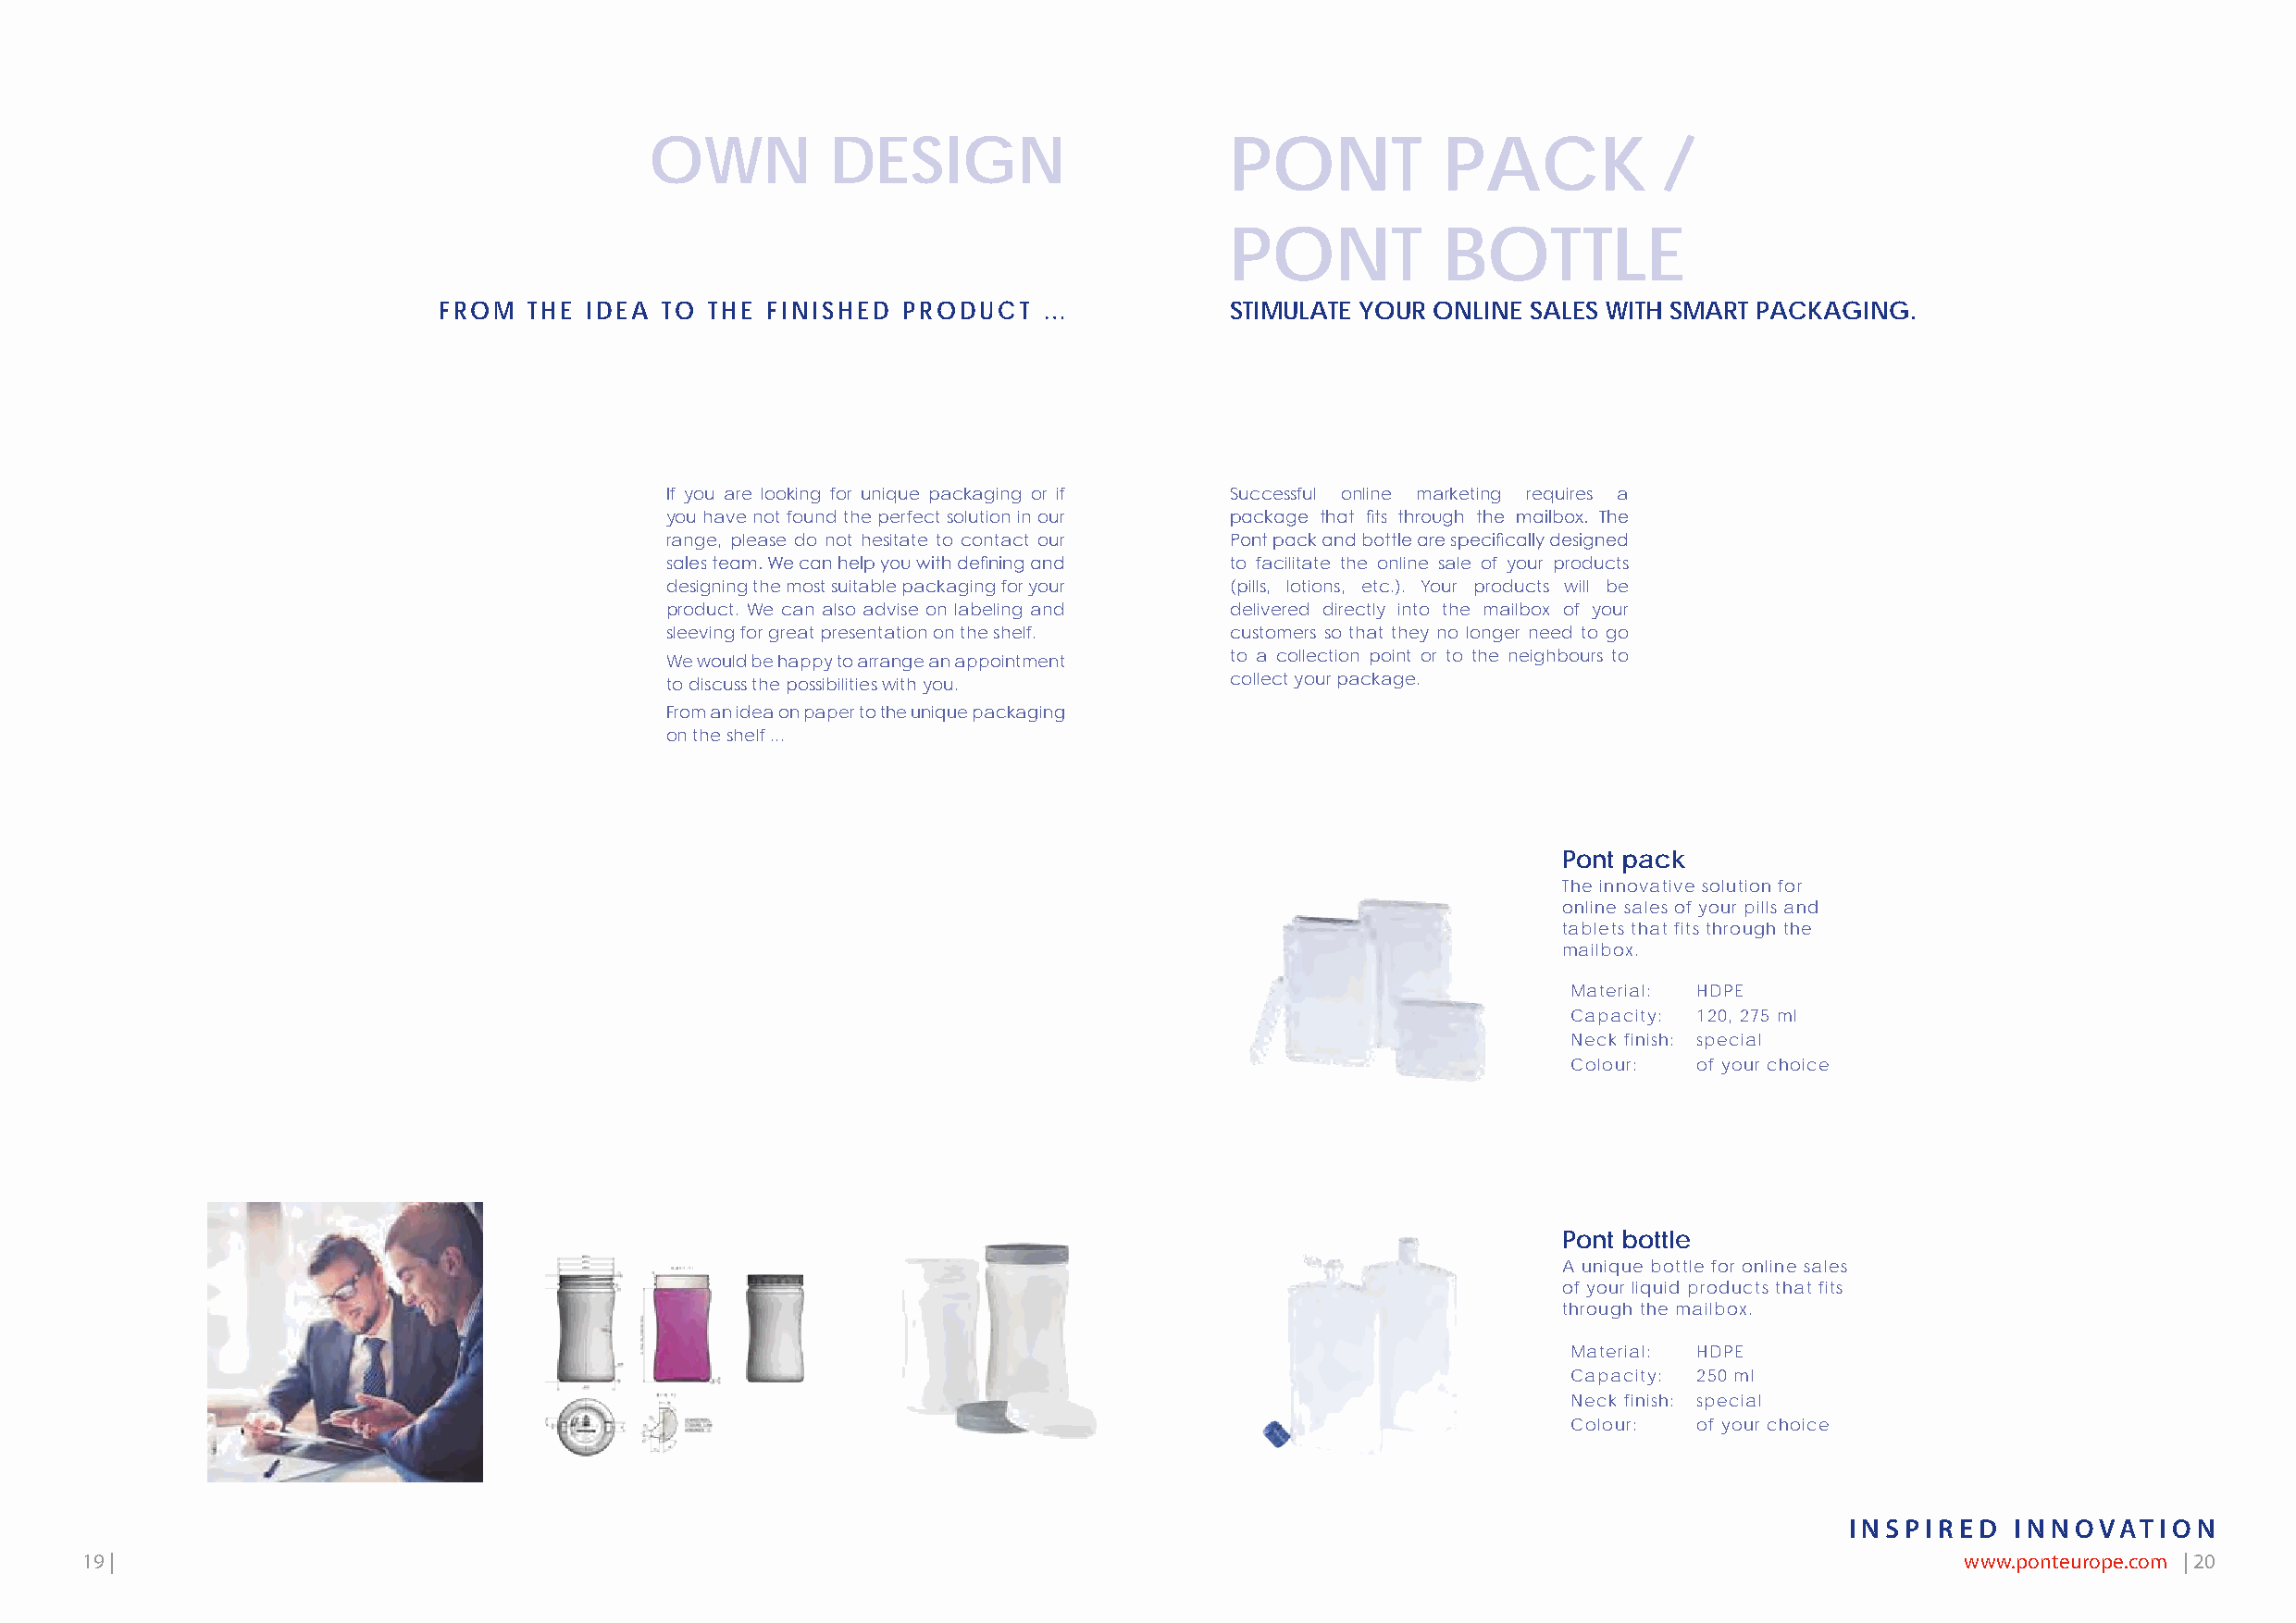
OWN          DESIGN                       PONT           PACK            /
 PONT           BOTTLE
 FROM   THE IDEA TO  THE FINISHED  PRODUCT   …            STIMULATE YOUR ONLINE SALES WITH SMART PACKAGING.
 If you are looking for unique packaging or if Successful online marketing requires a
 you have not found the perfect solution in our package that fits through the mailbox. The
 range, please do not hesitate to contact our Pont pack and bottle are specifically designed
 sales team. We can help you with defining and to facilitate the online sale of your products
 designing the most suitable packaging for your (pills, lotions, etc.). Your products will be
 product. We can also advise on labeling and delivered directly into the mailbox of your
 sleeving for great presentation on the shelf. customers so that they no longer need to go
 We would be happy to arrange an appointment to a collection point or to the neighbours to
 to discuss the possibilities with you.  collect your package.
 From an idea on paper to the unique packaging
 on the shelf ...
 Pont pack
 The innovative solution for
 online sales of your pills and
 tablets that fits through the
 mailbox.
 Material: HDPE
 Capacity: 120, 275 ml
 Neck finish: special
 Colour:  of your choice
 Pont bottle
 A unique bottle for online sales
 of your liquid products that fits
 through the mailbox.
 Material: HDPE
 Capacity: 250 ml
 Neck finish: special
 Colour:  of your choice
 INSPIRED    INNOVATION
 19 |                                                                                                                                  www.ponteurope.com | 20